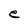
Character: e